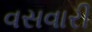
વસવારી